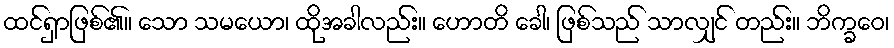
ထင်ရှာဖြစ်၏။ သော သမယော၊ ထိုအခါလည်း။ ဟောတိ ခေါ၊ ဖြစ်သည် သာလျှင် တည်း။ ဘိက္ခဝေ၊